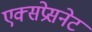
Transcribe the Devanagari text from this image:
एक्सप्रेसनेट